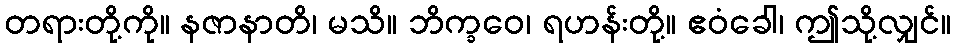
တရားတို့ကို။ နဇာနာတိ၊ မသိ။ ဘိက္ခဝေ၊ ရဟန်းတို့။ ဧဝံခေါ၊ ဤသို့လျှင်။